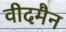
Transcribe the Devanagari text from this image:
वीदमैन